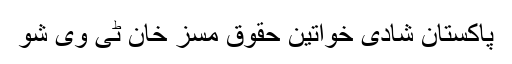
پاکستان شادی خواتین حقوق مسز خان ٹی وی شو